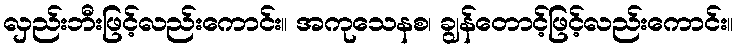
လှည်းဘီးဖြင့်လည်းကောင်း။ အကုသေနစ၊ ချွန်တောင့်ဖြင့်လည်းကောင်း။